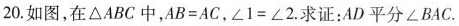
20.如图，在△ABC中，$$A B = A C$$，$$∠ 1 = ∠ 2$$.求证：AD平分∠BAC.